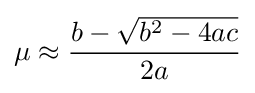
\mu \approx {\frac {b-{\sqrt {b^{2}-4ac}}}{2a}}